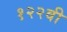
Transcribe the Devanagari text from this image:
१२२वी